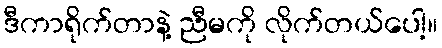
ဒီကာရိုက်တာနဲ့ ညီမကို လိုက်တယ်ပေါ့။